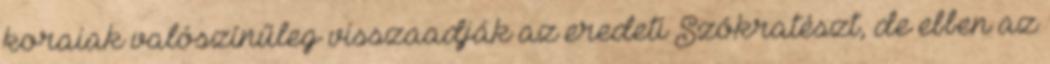
koraiak valószínűleg visszaadják az eredeti Szókratészt, de ebben az